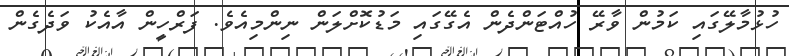
ހުޅުމާލޭގައި ކަމުން ވާރޭ ހުއްޓަންދެން އެގޭގައި މަޑުކޮށްލަން ނިންމިއެވެ. ފަރްހީން އާއެކު ވަދެގެން